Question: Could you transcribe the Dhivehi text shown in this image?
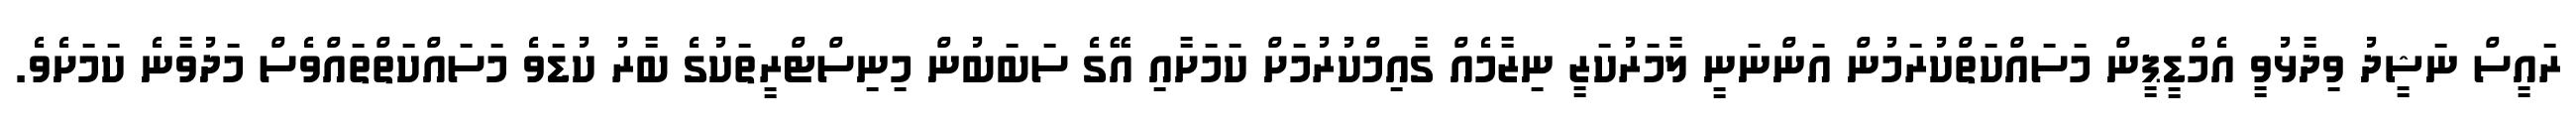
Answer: ރައީސް ނަޝީދު ވިދާޅުވީ އެމްޑީޕީން މަސައްކަތްކުރަމުން އަންނަނީ ލާމަރުކަޒީ ނިޒާމެއް ގާއިމްކުރުމަށް ކަމަށާއި އޭގެ ސަބަބުން މިނިސްޓްރީތަކުގެ ބާރު ކުޑަވެ މަސައްކަތްތައްވެސް މަދުވާނެ ކަމަށެވެ.